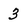
Character: 3